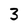
Character: 3